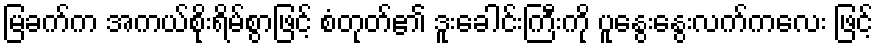
မြခက်က အကယ်စိုးရိမ်စွာဖြင့် စံတုတ်၏ ဒူးခေါင်းကြီးကို ပူနွေးနွေးလက်ကလေး ဖြင့်